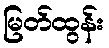
မြတ်ထွန်း